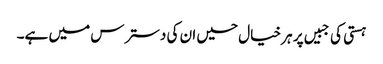
ہستی کی جبیں پر ہر خیال حسیں ان کی دسترس میں ہے۔